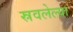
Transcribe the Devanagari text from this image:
स्रवलेल्या